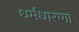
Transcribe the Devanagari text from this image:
धर्मधारणा